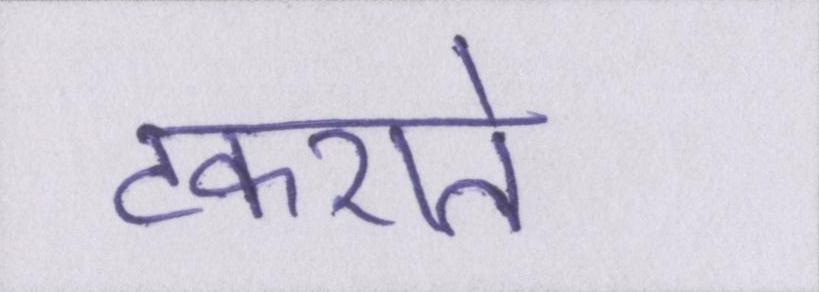
टकराते